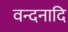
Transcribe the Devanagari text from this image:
वन्दनादि